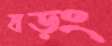
ষড়ং